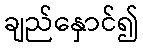
ချည်နှောင်၍